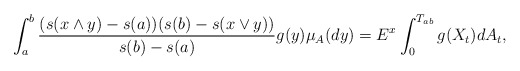
\begin{align*}\int_a^b \frac{(s(x\wedge y)-s(a))(s(b)-s(x\vee y))}{s(b)-s(a)}g(y)\mu_A(dy)=E^x\int_0^{T_{ab}} g(X_t)dA_t,\end{align*}